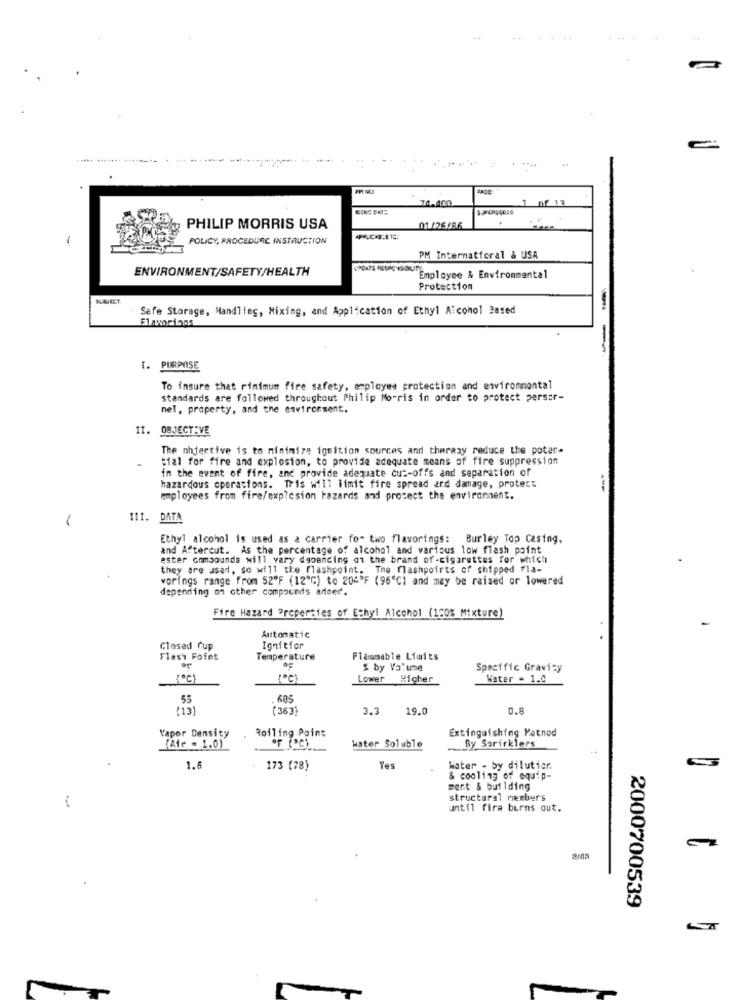
74.400
1713
PHILIP MORRIS USA
01 /26/86
1
POLICY, PROCEDURE INSTRUCTION
PM Internatforal & USA
ENVIRONMENT/SAFETY/HEALTH
SooTERS-ployee & Environmental
Protection
Safe Storage, Handling, Mixing, and Application of Ethyl Aiconol Based
--
1. PURPOSE
To insure that rimimum fire safety, employee protection and environmental
standards are followed throughout Philip Morris in order to protect persor-
nel, property, and the environment.
It.
OBJECT-VE
The nhjective is to minimize ignition sources and therasy reduce the poten-
tial for fire and explosion, to provide adequate means of fire suppression
in the event of fire, and provide adequate cut-offs and separation of
hazardous operations. Tris will limit fire spread and damage, protect
employees from fire/exp?csion hazards and protect the environment.
111. DATA
Ethyl alcohol is used as a carrier for two flavorings: Burley Top Casing,
and Aftercut. As the percentage of alcohol and various low flash point
ester onmaounds will vary depending on the brand of -cigarettes for which
they are used, so will the flashpoint. The flashpoirts of shipped fla-
vorings range from 52ºF (12'℃) to 204'F (96"℃) and may be raised or lowered
depending on other compounds artsed.
Fire Hazard Properties of Ethyl Alcohol (100% Mixture)
Automatic
Closed Cup
Ignition
Flash Point
Temperature
Flammable Limits
or
S by Valune
Specific Gravity
[C]
Lower
Higher
Water - 1.0
55
605
'13
( 363)
3.3
19.0
0.8
Boiling Point
Extinguishing Patnod
Vapor Density
By Sorirklers
(Air = 1.0)
of (PC).
Water Soluble
1.6
173 (78)
Yes
Water - by dilutier.
& cooling of equip-
sent & building
structural members
until fira burns out.
2000700539